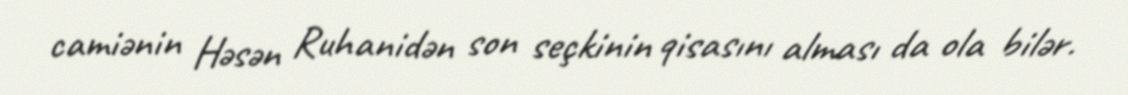
camiənin Həsən Ruhanidən son seçkinin qisasını alması da ola bilər.